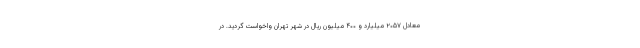
معادل ۲۰۵۷ میلیارد و ۴۰۰ میلیون ریال در شهر تهران واخواست گردید. در